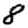
Digit: 8